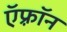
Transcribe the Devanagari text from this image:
ऍफ़्रॉन